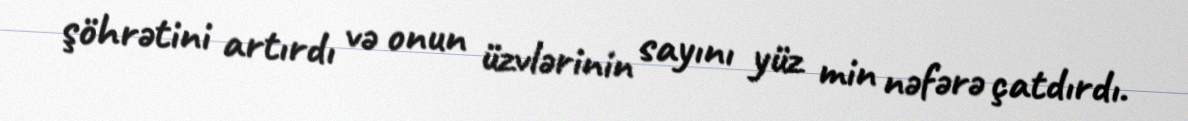
şöhrətini artırdı və onun üzvlərinin sayını yüz min nəfərə çatdırdı.